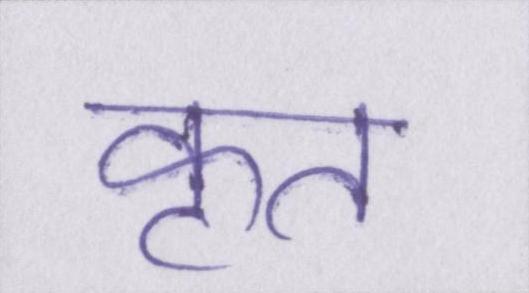
कृत